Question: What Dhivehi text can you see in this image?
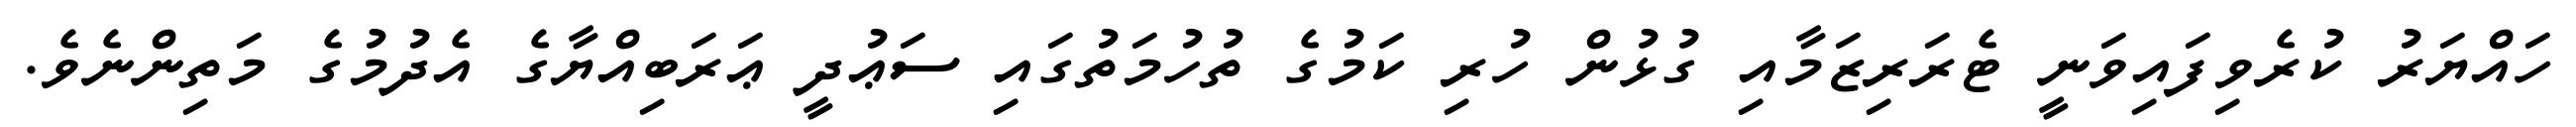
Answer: ހައްޔަރު ކުރެވިފައިވަނީ ޓެރަރިޒަމާއި ގުޅުން ހުރި ކަމުގެ ތުހުމަތުގައި ސަޢުދީ ޢަރަބިއްޔާގެ އެދުމުގެ މަތިންނެވެ.